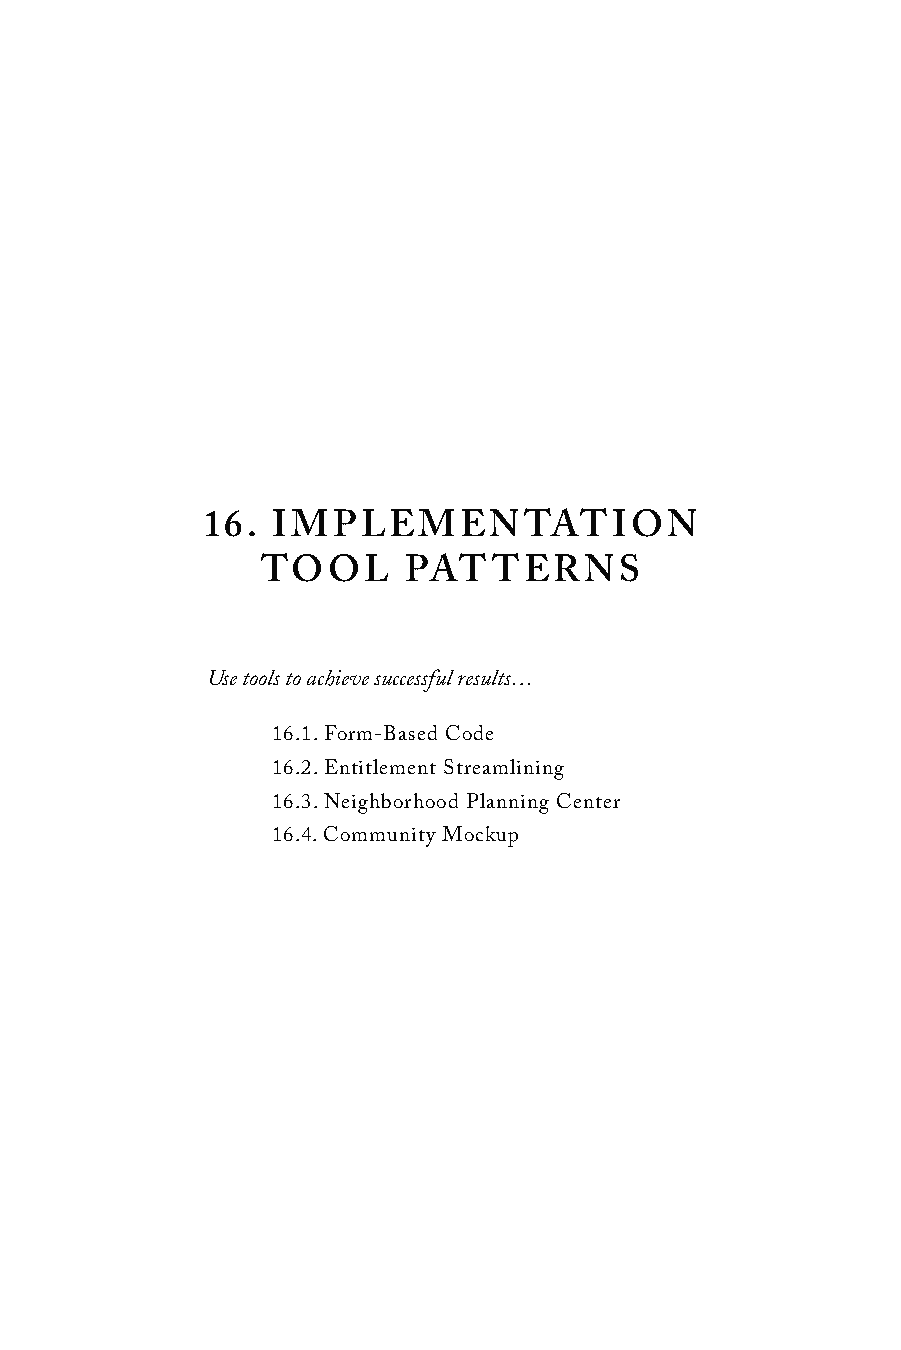
16.  IMPLEMENTATION
 TOOL      PATTERNS
 Use tools to achieve successful results…
 16.1. Form-Based Code
 16.2. Entitlement Streamlining
 16.3. Neighborhood Planning Center
 16.4. Community Mockup